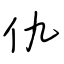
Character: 仇